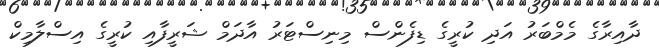
ދާއިރާގެ މެމްބަރު އަދި ކުރީގެ ޑިފެންސް މިނިސްޓަރު އާދަމް ޝަރީފާއި ކުރީގެ އިސްލާމިކް